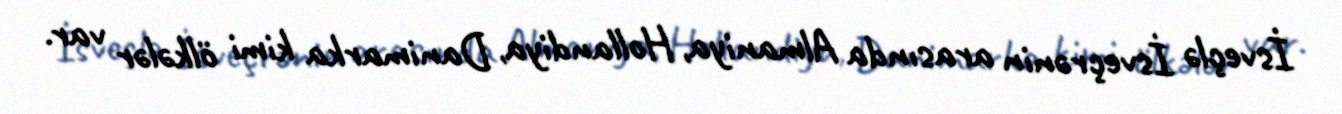
İsveçlə İsveçrənin arasında Almaniya, Hollandiya, Danimarka kimi ölkələr var.